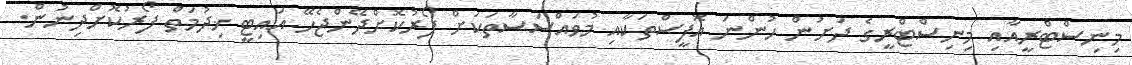
މިނިސްޓްރީއާއި މިނިސްޓްރީގެ ދަށުން ހުންނަ އޮފީސްތަކާއި މުވައްސަސާތަކަށް ފޯރުކޮށްދޭންޖެހޭ އައިޓީ ޚިދުމަތް ފޯރުކޮށްދިނުން.